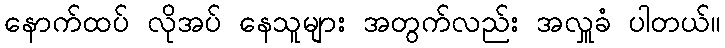
နောက်ထပ် လိုအပ် နေသူများ အတွက်လည်း အလှူခံ ပါတယ်။